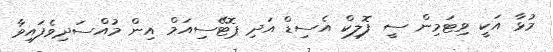
މުޅާ އަކީ ވިޓަމިން ސީ ފޮލިކް އެސިޑް އަދި ޕޮޓޭސިއަމް އިން މުއްސަދިވެފައިވާ